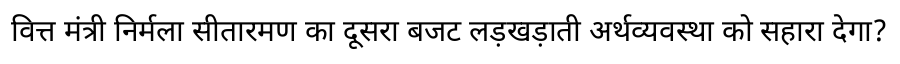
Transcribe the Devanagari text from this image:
वित्त मंत्री निर्मला सीतारमण का दूसरा बजट लड़खड़ाती अर्थव्यवस्था को सहारा देगा?